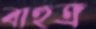
বাহুত্র